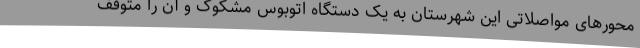
محورهای مواصلاتی این شهرستان به یک دستگاه اتوبوس مشکوک و آن را متوقف